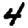
Digit: 4